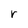
Character: r